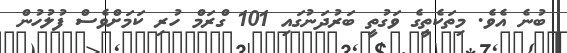
ބުނެ އެވެ. މިތަކެތީގެ ވަގުތީ ބަރުދަނުގައި 101 ގްރަމް ހުރި ކަމަށްވެސް ފުލުހުން